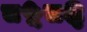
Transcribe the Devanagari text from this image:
८५८६